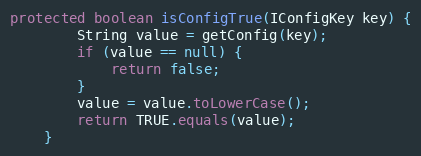
Language: Java
protected boolean isConfigTrue(IConfigKey key) {
        String value = getConfig(key);
        if (value == null) {
            return false;
        }
        value = value.toLowerCase();
        return TRUE.equals(value);
    }